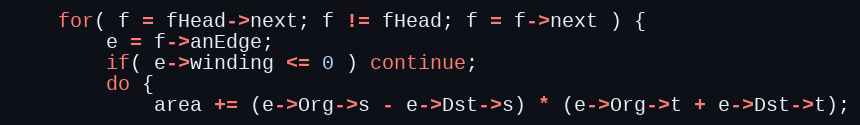
Language: C
	for( f = fHead->next; f != fHead; f = f->next ) {
		e = f->anEdge;
		if( e->winding <= 0 ) continue;
		do {
			area += (e->Org->s - e->Dst->s) * (e->Org->t + e->Dst->t);